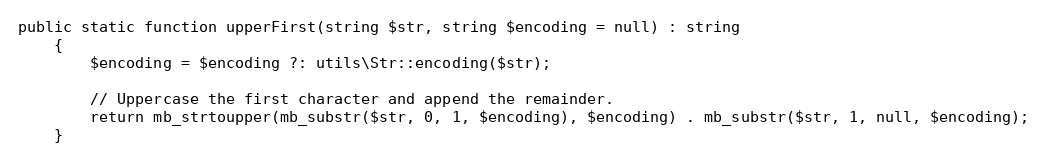
Language: PHP
public static function upperFirst(string $str, string $encoding = null) : string
    {
        $encoding = $encoding ?: utils\Str::encoding($str);

        // Uppercase the first character and append the remainder.
        return mb_strtoupper(mb_substr($str, 0, 1, $encoding), $encoding) . mb_substr($str, 1, null, $encoding);
    }